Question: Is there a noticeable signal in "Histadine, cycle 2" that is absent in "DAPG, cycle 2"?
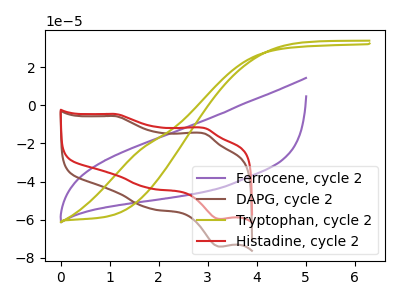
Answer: <think>The purple curve "Ferrocene, cycle 2" has no peaks. The brown curve "DAPG, cycle 2" has anodic peaks at (1.10V, -5.65uA) (2.95V, -14.80uA) and cathodic peaks at (1.80V, -53.95uA) (3.25V, -74.25uA). The olive curve "Tryptophan, cycle 2" has no peaks. The red curve "Histadine, cycle 2" has anodic peaks at (1.10V, -4.55uA) (2.95V, -11.90uA) and cathodic peaks at (1.80V, -43.40uA) (3.25V, -59.70uA).
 All the peaks in "Histadine, cycle 2" have a peak in "DAPG, cycle 2" at the same potential.</think>
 <answer>No, "Histadine, cycle 2" and "DAPG, cycle 2" don't appear to be significantly different in shape</answer>
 <eval>no_change</eval>